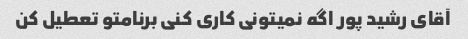
آقای رشید پور اگه نمیتونی کاری کنی برنامتو تعطیل کن